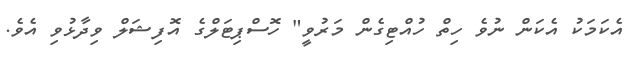
އެކަމަކު އެކަން ނުވެ ހިތް ހުއްޓިގެން މަރުވީ" ހޮސްޕިޓަލްގެ އޮފިޝަލް ވިދާޅުވި އެވެ.